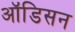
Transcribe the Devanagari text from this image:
ऑडिसन